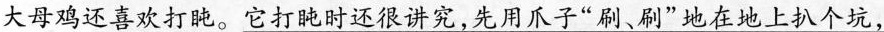
大母鸡还喜欢打盹。它打盹时还很讲究，先用爪子”刷、刷”地在地上扒个坑，